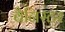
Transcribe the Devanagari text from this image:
बैनिस्टर